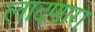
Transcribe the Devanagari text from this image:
लादणारा